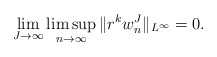
\begin{align*}\lim_{J\to\infty}\limsup_{n\to\infty}\|r^kw^J_{n}\|_{L^{\infty}}=0.\end{align*}